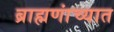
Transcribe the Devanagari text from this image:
ब्राह्मणांच्यात